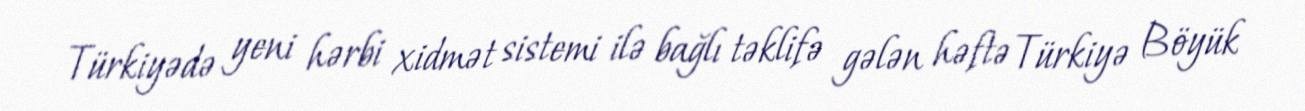
Türkiyədə yeni hərbi xidmət sistemi ilə bağlı təklifə gələn həftə Türkiyə Böyük